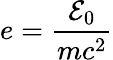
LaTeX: e=\frac{{\cal{E}}_{0}}{mc^{2}}